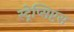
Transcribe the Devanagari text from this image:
स्ट्रेप्सिप्टस